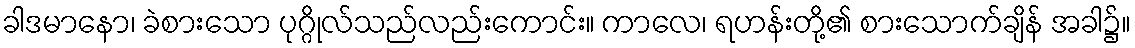
ခါဒမာနော၊ ခဲစားသော ပုဂ္ဂိုလ်သည်လည်းကောင်း။ ကာလေ၊ ရဟန်းတို့၏ စားသောက်ချိန် အခါ၌။